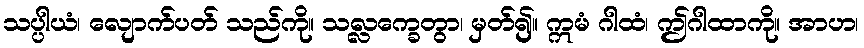
သပ္ပါယံ၊ လျောက်ပတ် သည်ကို။ သလ္လက္ခေတွာ၊ မှတ်၍။ ဣမံ ဂါထံ၊ ဤဂါထာကို။ အာဟ၊